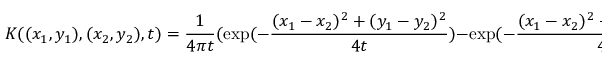
K ( ( x _ { 1 } , y _ { 1 } ) , ( x _ { 2 } , y _ { 2 } ) , t ) = { \frac { 1 } { 4 \pi t } } ( \exp ( - { \frac { ( x _ { 1 } - x _ { 2 } ) ^ { 2 } + ( y _ { 1 } - y _ { 2 } ) ^ { 2 } } { 4 t } } ) - \exp ( - { \frac { ( x _ { 1 } - x _ { 2 } ) ^ { 2 } + ( y _ { 1 } + y _ { 2 } ) ^ { 2 } } { 4 t } } ) )